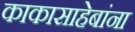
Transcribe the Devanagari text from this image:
काकासाहेबांना